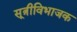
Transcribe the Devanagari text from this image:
सूत्रीविभाजक